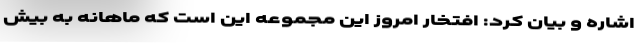
اشاره و بیان کرد: افتخار امروز این مجموعه اين است كه ماهانه به بيش